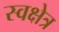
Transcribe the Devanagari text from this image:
स्वक्षेत्र